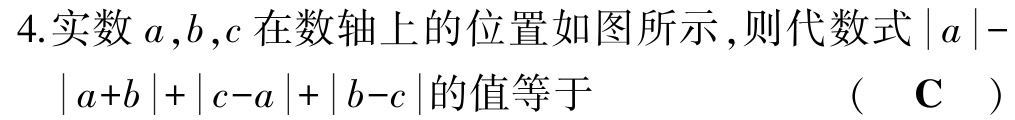
4.实数 \(a,b,c\) 在数轴上的位置如图所示,则代数式 \(|a|-|a + b|+|c - a|+|b - c|\)的值等于 （  \(\mathbf{C}\)  ）